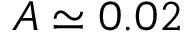
A \simeq 0 . 0 2